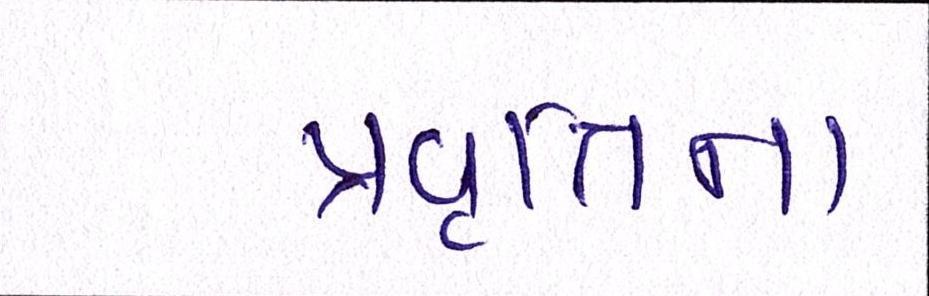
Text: પ્રવૃત્તિના